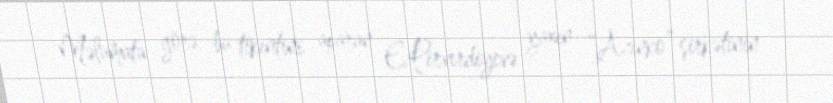
Məlumata görə, bu tikintini aparan E.Pirverdiyevə yaxın “Azinko” şirkətinin